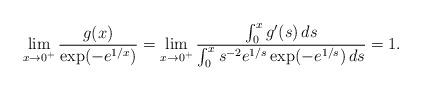
LaTeX: \begin{align*} \lim_{x\to 0^+} \frac{g(x)}{\exp(-e^{1/x})}=\lim_{x\to 0^+} \frac{\int_0^x g'(s)\,ds}{\int_0^x s^{-2}e^{1/s}\exp(-e^{1/s})\,ds}=1.\end{align*}